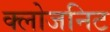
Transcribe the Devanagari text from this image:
क्लोजनिट